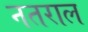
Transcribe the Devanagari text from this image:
नतराल